Indian journal of veterinary science and animal husbandry - Volumes 18-21, 1948-1951
Year: 1948
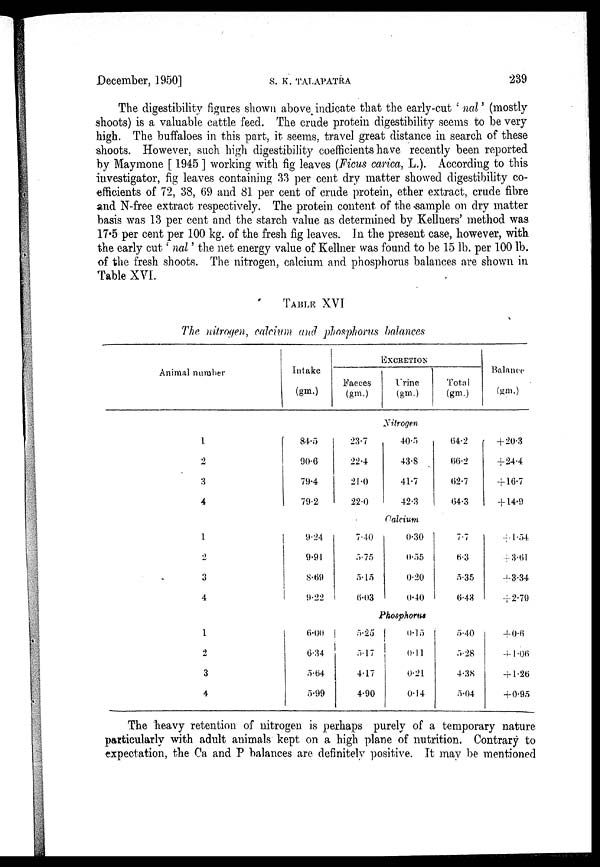
December, 1950]
S.
K.
TALAPATRA
239
The digestibility figures shown above indicate that the early-cut ' nal ' (mostly
shoots) is a valuable cattle feed. The crude protein digestibility seems to be very
high. The buffaloes in this part, it seems, travel great distance in search of these
shoots. However, such high digestibility coefficients have recently been reported
by Maymone [ 1945 ] working with fig leaves (Ficus carica, L.). According to this
investigator, fig leaves containing 33 per cent dry matter showed digestibility co-
efficients of 72, 38, 69 and 81 per cent of crude protein, ether extract, crude fibre
and N-free extract respectively. The protein content of the sample on dry matter
basis was 13 per cent and the starch value as determined by Kellners' method was
17.5 per cent per 100 kg. of the fresh fig leaves. In the present case, however, with
the early cut ' nal ' the net energy value of Kellner was found to be 15 lb. per 100 lb.
of the fresh shoots. The nitrogen, calcium and phosphorus balances are shown in
TABLE XVI.
TABLE XVI
The nitrogen, calcium and phosphorus balances
Animal number
Intake
(gm.)
EXCRETION
Faeces
(gm.)
Urine
(gm.)
Total
(gm.)
Balance
(gm.)
Nitrogen
1
2
3
4
84.5
90.6
79.4
79.2
23.7
22.4
21.0
22.0
40.5
43.8
41.7
42.3
64.2
66.2
62.7
64.3
+20.3
+24.4
+16.7
+14.9
Calcium
1
2
3
4
9.24
9.91
8.69
9.22
7.40
5.75
5.15
6.03
0.30
0.55
0.20
0.40
7.7
6.3
5.35
6.43
+1.54
+3.61
+3.34
+2.79
Phosphorus
1
2
3
4
6.00
6.34
5.64
5.99
5.25
5.17
4.17
4.90
0.15
0.11
0.21
0.14
5.40
5.28
4.38
5.04
+0.6
+1.06
+1.26
+0.95
The heavy retention of nitrogen is perhaps purely of a temporary nature
particularly with adult animals kept on a high plane of nutrition. Contrary to
expectation, the Ca and P balances are definitely positive. It may be mentioned